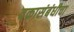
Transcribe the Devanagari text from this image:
वक्रासंबंधीचा